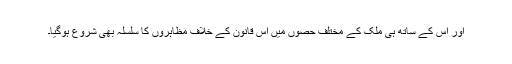
اور اس کے ساتھ ہی ملک کے مختلف حصوں میں اس قانون کے خلاف مظاہروں کا سلسلہ بھی شروع ہوگیا۔